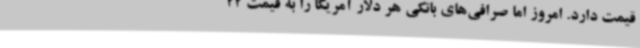
قیمت دارد. امروز اما صرافی‌های بانکی هر دلار آمریکا را به قیمت 22